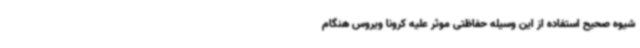
شیوه صحیح استفاده از این وسیله حفاظتی موثر علیه کرونا ویروس هنگام